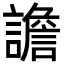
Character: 譫